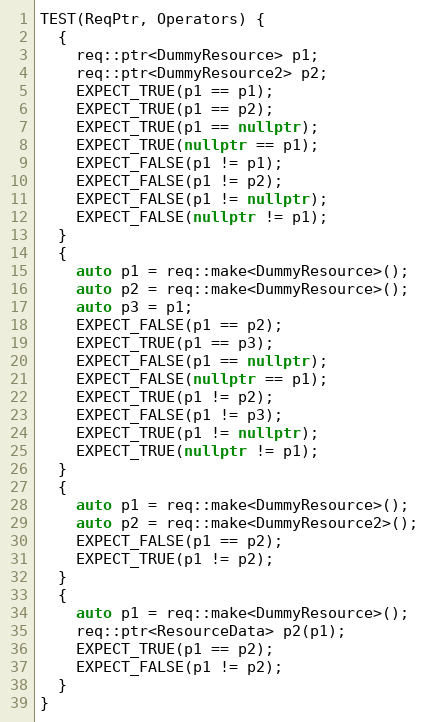
Language: C++
TEST(ReqPtr, Operators) {
  {
    req::ptr<DummyResource> p1;
    req::ptr<DummyResource2> p2;
    EXPECT_TRUE(p1 == p1);
    EXPECT_TRUE(p1 == p2);
    EXPECT_TRUE(p1 == nullptr);
    EXPECT_TRUE(nullptr == p1);
    EXPECT_FALSE(p1 != p1);
    EXPECT_FALSE(p1 != p2);
    EXPECT_FALSE(p1 != nullptr);
    EXPECT_FALSE(nullptr != p1);
  }
  {
    auto p1 = req::make<DummyResource>();
    auto p2 = req::make<DummyResource>();
    auto p3 = p1;
    EXPECT_FALSE(p1 == p2);
    EXPECT_TRUE(p1 == p3);
    EXPECT_FALSE(p1 == nullptr);
    EXPECT_FALSE(nullptr == p1);
    EXPECT_TRUE(p1 != p2);
    EXPECT_FALSE(p1 != p3);
    EXPECT_TRUE(p1 != nullptr);
    EXPECT_TRUE(nullptr != p1);
  }
  {
    auto p1 = req::make<DummyResource>();
    auto p2 = req::make<DummyResource2>();
    EXPECT_FALSE(p1 == p2);
    EXPECT_TRUE(p1 != p2);
  }
  {
    auto p1 = req::make<DummyResource>();
    req::ptr<ResourceData> p2(p1);
    EXPECT_TRUE(p1 == p2);
    EXPECT_FALSE(p1 != p2);
  }
}